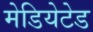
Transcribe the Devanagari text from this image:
मेडियेटेड